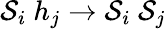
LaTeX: \mathcal{S}_{i}\ h_{j}\to\mathcal{S}_{i}\ \mathcal{S}_{j}